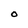
Character: O